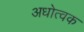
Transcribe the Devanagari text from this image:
अधोत्वक